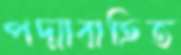
পদ্মাবাহিত